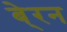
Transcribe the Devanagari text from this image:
बे्रन